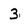
Character: 3